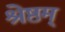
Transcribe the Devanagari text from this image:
श्रेष्ठम्